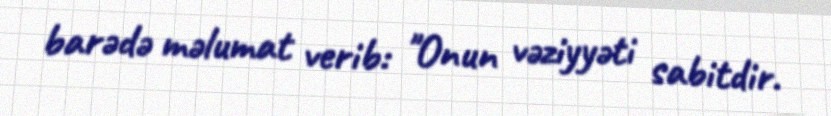
barədə məlumat verib: "Onun vəziyyəti sabitdir.